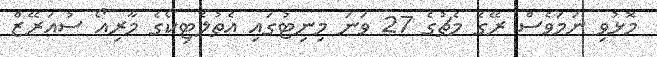
މޮޅުވި ނަމަވެސް ރޭގެ މެޗުގެ 27 ވަނަ މިނިޓުގައި އެތުލެޓިކޯގެ މާރިއޯ ސުއަރޭޒް